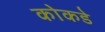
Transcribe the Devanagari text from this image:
कोकडे